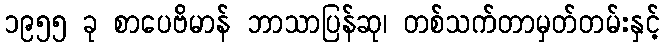
၁၉၅၅ ခု စာပေဗိမာန် ဘာသာပြန်ဆု၊ တစ်သက်တာမှတ်တမ်းနှင့်